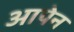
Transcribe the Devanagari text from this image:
आपेन